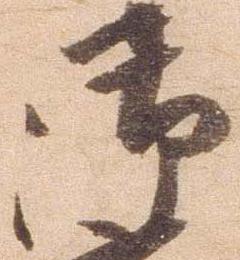
御